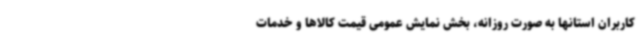
کاربران استانها به صورت روزانه، بخش نمایش عمومی قیمت کالاها و خدمات